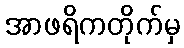
အာဖရိကတိုက်မှ